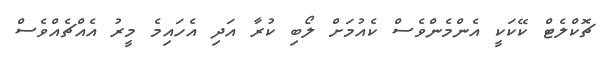
ޗޮކްލެޓް ކޭކަކީ އެންމެންވެސް ކެއުމަށް ލޯބި ކުރާ އަދި އެހައިމެ މީރު އެއްޗެއްވެސް